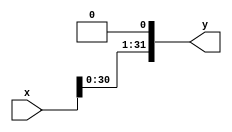
module SLA(x,y);
    input [31:0] x;
    output [31:0] y;
    assign y[31:1]=x[30:0];
    assign y[0]=1'b0;
endmodule